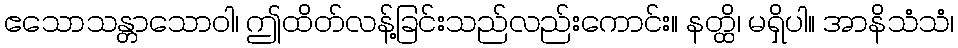
ဧသောသန္တာသောဝါ၊ ဤထိတ်လန့်ခြင်းသည်လည်းကောင်း။ နတ္ထိ၊ မရှိပါ။ အာနိသံသံ၊